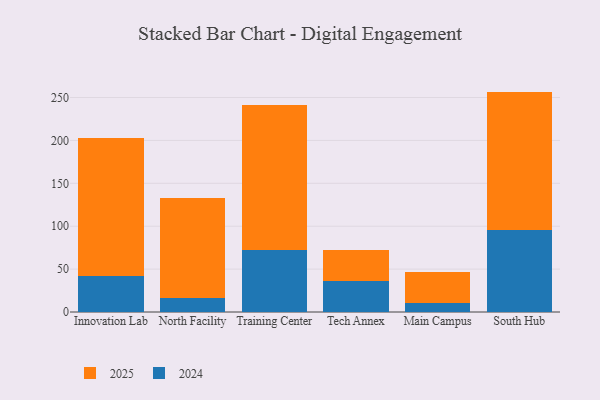
{"axis": {"x": "Campus", "y": "Humidity (%)"}, "legend": ["2024", "2025"], "data": [{"x": "Innovation Lab", "y": 42.0, "type": "2024"}, {"x": "Innovation Lab", "y": 160.3, "type": "2025"}, {"x": "North Facility", "y": 16.9, "type": "2024"}, {"x": "North Facility", "y": 115.6, "type": "2025"}, {"x": "Training Center", "y": 72.3, "type": "2024"}, {"x": "Training Center", "y": 169.1, "type": "2025"}, {"x": "Tech Annex", "y": 36.1, "type": "2024"}, {"x": "Tech Annex", "y": 35.9, "type": "2025"}, {"x": "Main Campus", "y": 10.2, "type": "2024"}, {"x": "Main Campus", "y": 36.7, "type": "2025"}, {"x": "South Hub", "y": 96.0, "type": "2024"}, {"x": "South Hub", "y": 160.9, "type": "2025"}]}